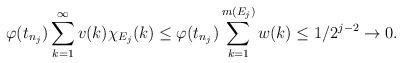
LaTeX: \begin{align*}\varphi(t_{n_j}) \sum_{k=1}^{\infty} v(k) \chi_{E_j} (k)\le \varphi(t_{n_j})\sum_{k=1}^{m(E_j)} w(k) \le 1/2^{j-2} \to 0 .\end{align*}